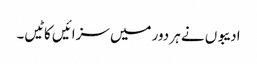
ادیبوں نے ہر دور میں سزائیں کاٹیں۔